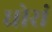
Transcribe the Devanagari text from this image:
धोरां